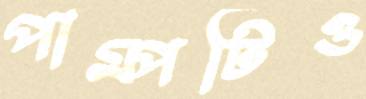
পাম্পটিও